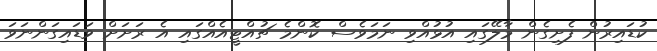
ކުޑައިރުން ފެށިގެން މާލޭގައި އުޅުއްވި ނަމަވެސް ކޮންމެ ޗުއްޓީއެއްގައި އެ ރަށަށް ވަޑައިގަންނަވަ